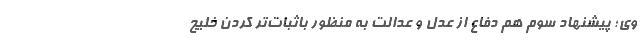
وی؛ پیشنهاد سوم هم دفاع از عدل و عدالت به منظور باثبات‌تر کردن خلیج